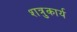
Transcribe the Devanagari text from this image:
शत्रुकार्य